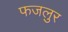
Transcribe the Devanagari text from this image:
फजलुर